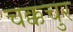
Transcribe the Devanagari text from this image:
चक्कचुर